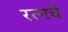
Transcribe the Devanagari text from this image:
रत्‍नचे